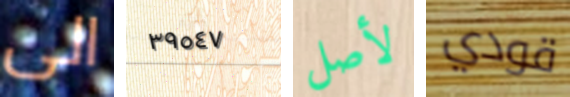
الى ٣٩٥٤٧ لأصل قودي